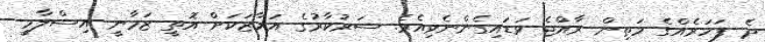
ދެ ފަހަރެއްގެ މަތިން ރާއްޖެ ވަޑައިގެންނެވިއެވެ. ސަރުކާރުގެ އަމާޒަކަށް އޮތީ ޒަމާނީ އިސްލާމީ